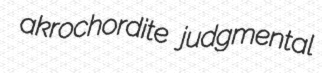
akrochordite judgmental